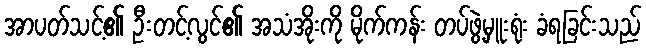
အာပတ်သင့်၏ ဦးတင့်လွင်၏ အသံအိုးကို မိုက်ကန်း တပ်ဖွဲ့မှူးရုံး ခံရခြင်းသည်